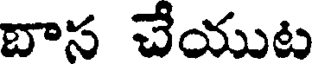
బాస చేయుట